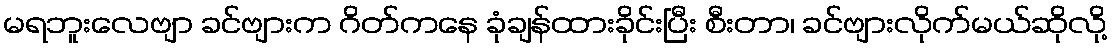
မရဘူးလေဗျာ ခင်ဗျားက ဂိတ်ကနေ ခုံချန်ထားခိုင်းပြီး စီးတာ၊ ခင်ဗျားလိုက်မယ်ဆိုလို့